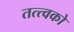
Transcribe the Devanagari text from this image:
तत्त्वको